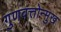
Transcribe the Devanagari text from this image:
गुणवत्तोन्मुख